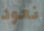
نعود